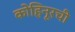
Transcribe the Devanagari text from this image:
कोहिनूरची